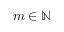
m \in \mathbb { N }